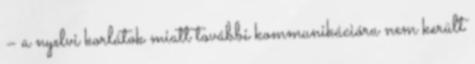
– a nyelvi korlátok miatt további kommunikációra nem került